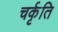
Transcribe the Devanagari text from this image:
चर्कृति